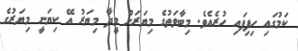
ކަމުގައި ހިފިފައި ހުރެއެވެ. މިބާވަތުގެ މިޔަރަށް މީދާ މިޔަރު އޭ ކިޔަނީ މިޔަރުގެ